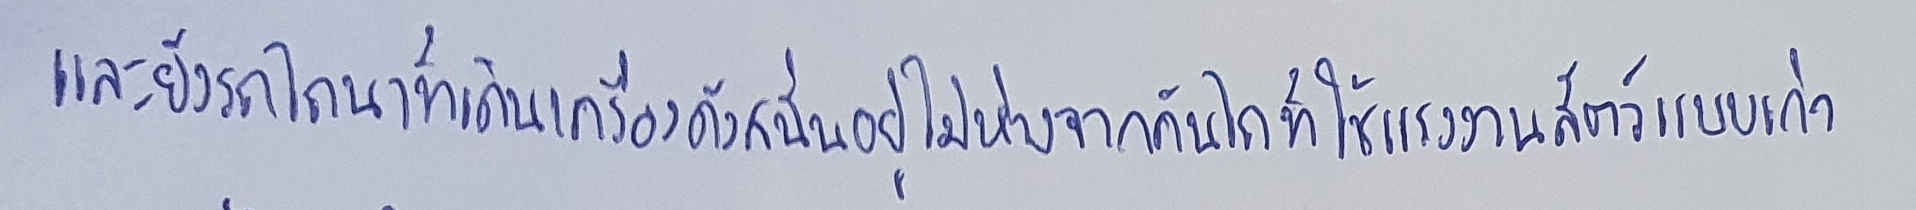
และยังรถไถนาที่เดินเครื่องดังสนั่นอยู่ไม่ห่างจากคันไถที่ใช้แรงงานสัตว์แบบเก่า